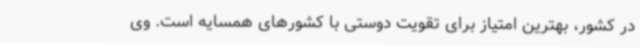
در کشور، بهترین امتیاز برای تقویت دوستی با کشورهای همسایه است. وی